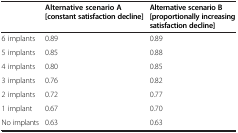
|  | Alternative scenario A [constant satisfaction decline] | Alternative scenario B [proportionally increasing satisfaction decline] |
 | --- | --- | --- |
 | 6 implants | 0.89 | 0.89 |
 | 5 implants | 0.85 | 0.88 |
 | 4 implants | 0.80 | 0.85 |
 | 3 implants | 0.76 | 0.82 |
 | 2 implants | 0.72 | 0.77 |
 | 1 implant | 0.67 | 0.70 |
 | No implants | 0.63 | 0.63 |